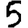
Digit: 5